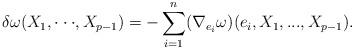
LaTeX: \begin{align*}\delta\omega(X_{1},\cdot\cdot\cdot, X_{p-1})=-\sum_{i=1}^{n}(\nabla_{e_{i}}\omega)(e_{i},X_{1}, ..., X_{p-1}).\end{align*}